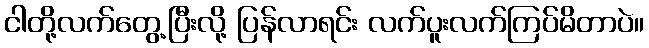
ငါတို့လက်တွေ့ပြီးလို့ ပြန်လာရင်း လက်ပူးလက်ကြပ်မိတာပဲ။